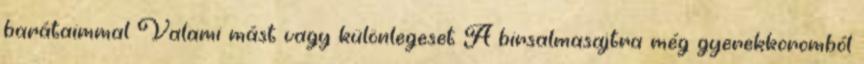
barátaimmal Valami mást vagy különlegeset A birsalmasajtra még gyerekkoromból